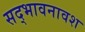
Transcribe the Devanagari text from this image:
सद्भावनावश